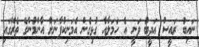
ނައިބު ރައީސް އަދީބު ވަނީ އެ ހަމަލާއާ ގުޅިގެން އެމަނިކުފާނަށް އާންމުންގެ ތެރޭގައި